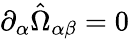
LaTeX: \partial_{\alpha}\hat{\Omega}_{\alpha\beta}=0